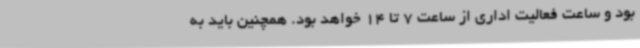
بود و ساعت فعالیت اداری از ساعت 7 تا 14 خواهد بود. همچنین باید به